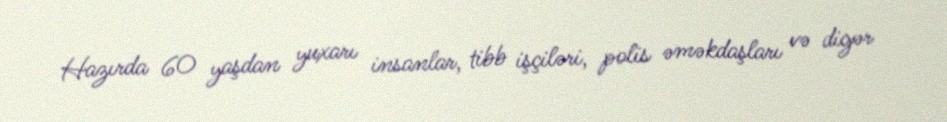
Hazırda 60 yaşdan yuxarı insanlar, tibb işçiləri, polis əməkdaşları və digər